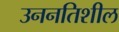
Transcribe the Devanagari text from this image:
उननतिशील